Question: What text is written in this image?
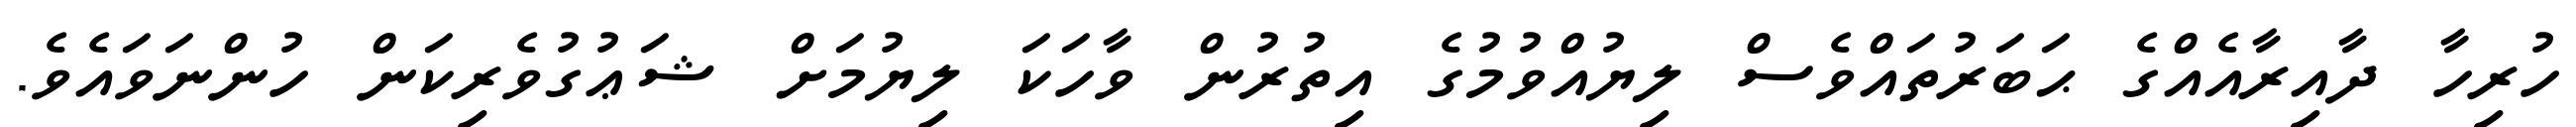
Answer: ހުރިހާ ދާއިރާއެއްގެ ޙަބަރުތައްވެސް ލިޔުއްވުމުގެ އިތުރުން ވާހަކަ ލިޔުމަށް ޝަޢުގުވެރިކަން ހުންނަވައެވެ.